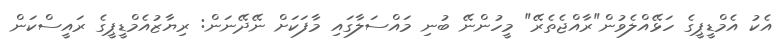
އެކު އެމްޑީޕީގެ ހަޅޭއްލެވުން"ރާއްޖެތެރޭ" މީހުންނޭ ބުނި މައްސަލާގައި މާފަކަށް ނޭދޭނަން: ރިޔާޒުއެމްޑީޕީގެ ރައީސްކަން